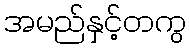
အမည်နှင့်တကွ